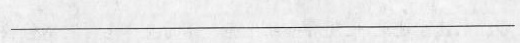
___